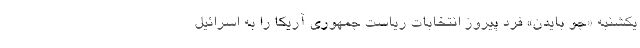
یکشنبه «جو بایدن» فرد پیروز انتخابات ریاست جمهوری آریکا را به اسرائیل